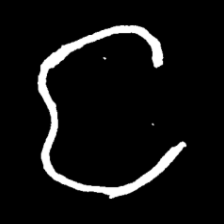
Pyu character \u2014 Myanmar letter: င (romanized: nga)